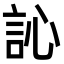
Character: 訫